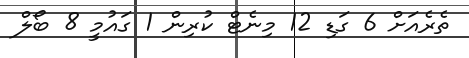
ތެރެއަށް 6 ގަޑި 12 މިނެޓް ކުރިން 1 ގައުމީ 8 ބޯލް